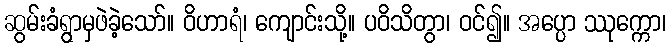
ဆွမ်းခံရွာမှဖဲခဲ့သော်။ ဝိဟာရံ၊ ကျောင်းသို့။ ပဝိသိတွာ၊ ဝင်၍။ အပ္ပော ဿုက္ကော၊